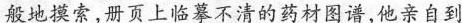
般地摸索，册页上临摹不清的药材图谱，他亲自到